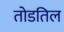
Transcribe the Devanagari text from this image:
तोडतिल